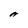
Character: A